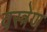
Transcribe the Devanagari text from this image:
वस्त्रेण